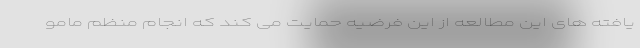
یافته های این مطالعه از این فرضیه حمایت می کند که انجام منظم مامو